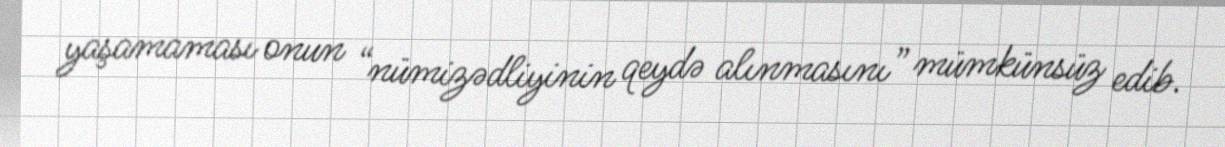
yaşamaması onun “nümizədliyinin qeydə alınmasını” mümkünsüz edib.